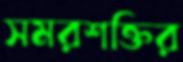
সমরশক্তির